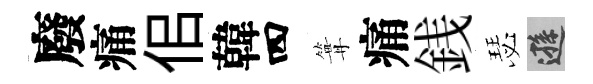
廢痛佀韓四篝痛銭瑟遜